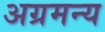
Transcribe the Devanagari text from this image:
अग्रमन्य